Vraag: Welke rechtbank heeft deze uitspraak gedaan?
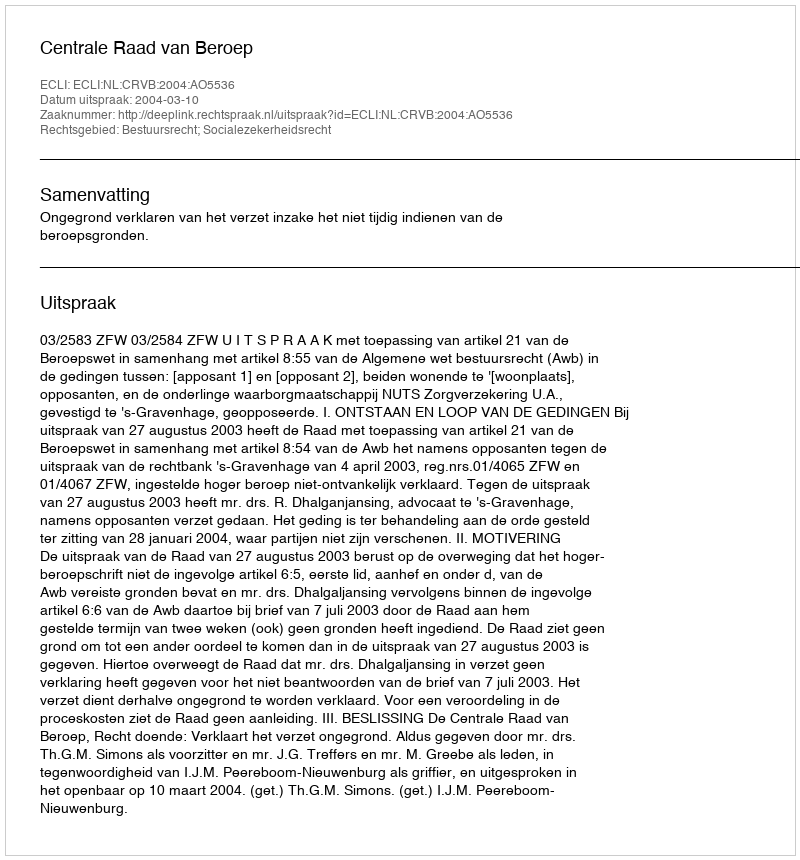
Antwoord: Centrale Raad van Beroep